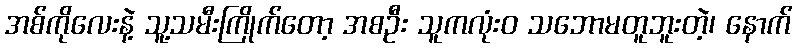
အစ်ကိုလေးနဲ့ သူ့သမီးကြိုက်တော့ အစဦး သူကလုံးဝ သဘောမတူဘူးတဲ့၊ နောက်